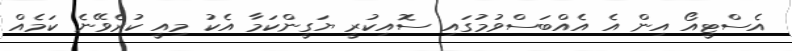
އެސްޓީއޯ އިން އެ އެއްބަސްވުމުގައި ސޮއިކުރީ ޔަގީންކަމާ އެކު މިއީ ކުރެވޭނެ ކަމެއް